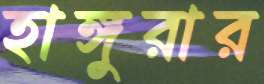
হাঙ্গুরার